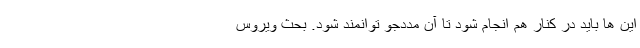
این ها باید در کنار هم انجام شود تا آن مددجو توانمند شود. بحث ویروس